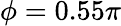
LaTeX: \phi=0.55\pi